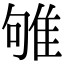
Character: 雊